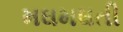
મઘમઘતી